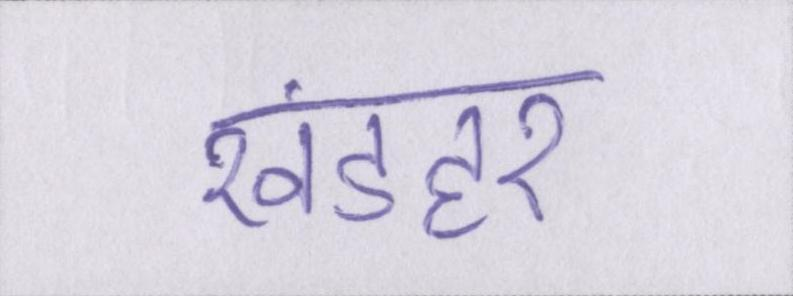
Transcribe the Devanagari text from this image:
खंडहर